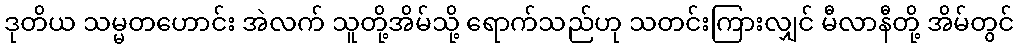
ဒုတိယ သမ္မတဟောင်း အဲလက် သူတို့အိမ်သို့ ရောက်သည်ဟု သတင်းကြားလျှင် မီလာနီတို့ အိမ်တွင်